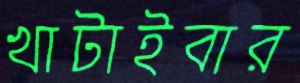
খাটাইবার